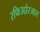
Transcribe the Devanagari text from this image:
रफिउद्दोरजात